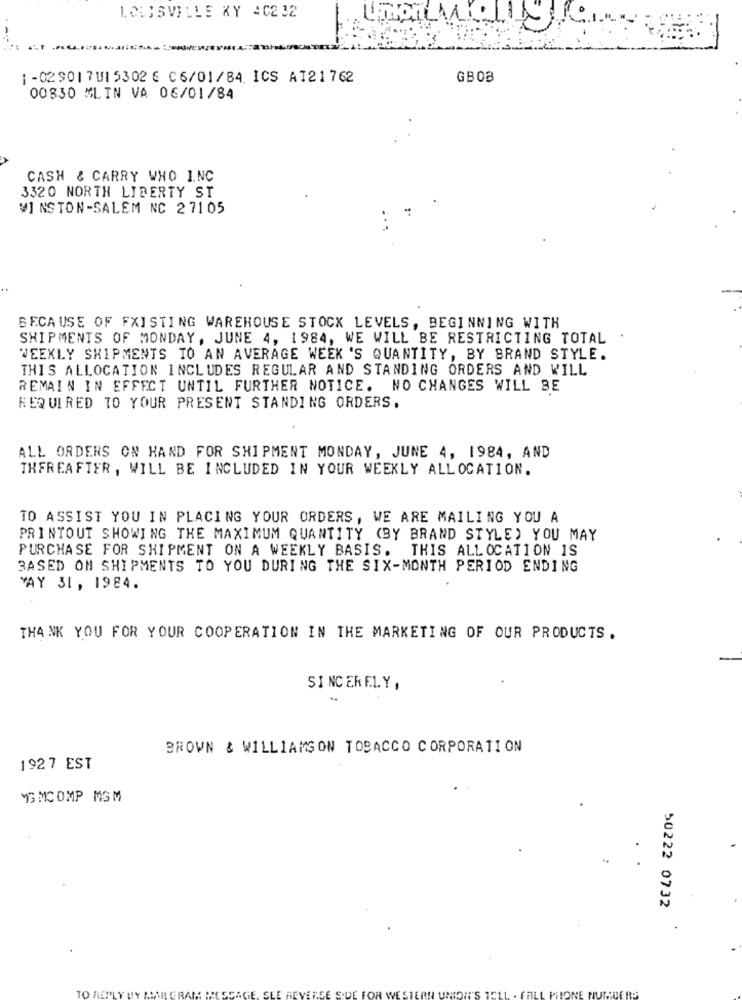
LOUISVILLE KY 40232
11
1-02901 7 UI 5302 € C6/01/84. ICS AT21762
GBOB
00830 MLIN VA 06/01/84
CASH & CARRY WHO INC
3320 NORTH LIBERTY ST
WINSTON-SALEM NC 2 7105
BECAUSE OF EXISTING WAREHOUSE STOCK LEVELS, BEGINNING WITH
SHIPMENTS OF MONDAY, JUNE 4, 1984, WE WILL BE RESTRICTING TOTAL
WEEKLY SHIPMENTS TO AN AVERAGE WEEK 'S QUANTITY, BY BRAND STYLE.
THIS ALLOCATION INCLUDES REGULAR AND STANDING ORDERS AND WILL
REMAIN IN EFFECT UNTIL FURTHER NOTICE. NO CHANGES WILL BE
REQUIRED TO YOUR PRESENT STANDING ORDERS.
ALL ORDERS ON HAND FOR SHIPMENT MONDAY, JUNE 4, 1984, AND
THEREAFTER , WILL BE INCLUDED IN YOUR WEEKLY ALLOCATION.
TO ASSIST YOU IN PLACING YOUR ORDERS, WE ARE MAILING YOU A
PRINTOUT SHOWING THE MAXIMUM QUANTITY (BY BRAND STYLE) YOU MAY
PURCHASE FOR SHIPMENT ON A WEEKLY BASIS. THIS ALLOCATION IS
BASED ON SHIPMENTS TO YOU DURING THE SIX-MONTH PERIOD ENDING
YAY 31, 1984.
THANK YOU FOR YOUR COOPERATION IN THE MARKETING OF OUR PRODUCTS .
SINCERELY,
BROWN & WILLIAMSON TOBACCO CORPORATION
1927 EST
YG MC OMP MGM
50222 0732
TO RE
EGE S-DE FO